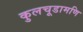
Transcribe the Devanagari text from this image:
कुलचूडामणि